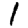
Digit: 1